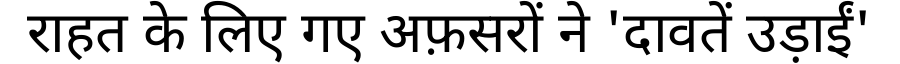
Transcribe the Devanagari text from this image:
राहत के लिए गए अफ़सरों ने 'दावतें उड़ाईं'